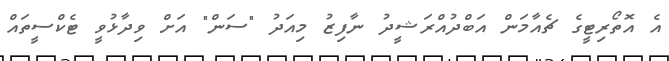
އެ އޮތޯރިޓީގެ ޗެއާމަން އަބްދުއްރަޝީދު ނާފިޒު މިއަދު "ސަން" އަށް ވިދާޅުވީ ޓެކްސީތައް